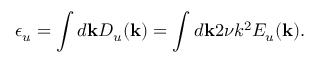
\epsilon _ { u } = \int d { \bf k } D _ { u } ( { \bf k } ) = \int d { \bf k } 2 \nu k ^ { 2 } E _ { u } ( { \bf k } ) .